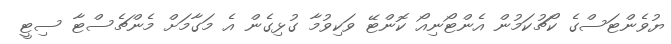
ޔުވެންޓަސްގެ ކޯޗުކަމުން އެންޓޯނިއޯ ކޮންޓޭ ވަކިވުމާ ގުޅިގެން އެ މަގާމަށް މެންޗެސްޓާ ސިޓީ